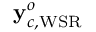
\mathbf { y } _ { c , \mathrm { W S R } } ^ { o }